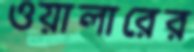
ওয়ালারের